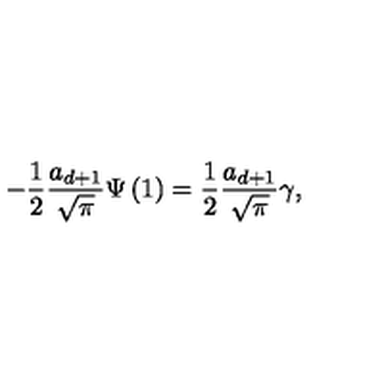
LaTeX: - \frac 1 2 \frac { a _ { d + 1 } } { \sqrt { \pi } } \Psi \left( 1 \right) = \frac 1 2 \frac { a _ { d + 1 } } { \sqrt { \pi } } \gamma ,